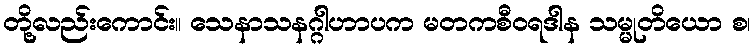
တို့လည်းကောင်း။ သေနာသနဂ္ဂါဟာပက မတကစီဝရဒါန သမ္မုတိယော စ၊